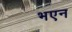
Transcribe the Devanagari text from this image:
भएन